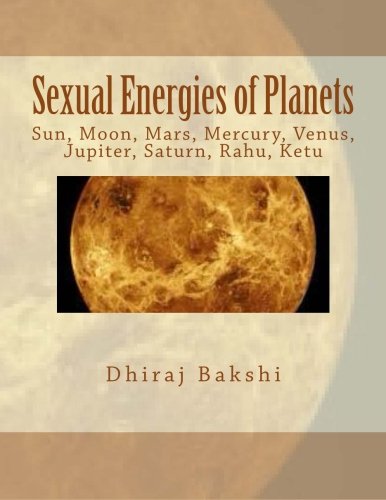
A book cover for Sexual Energies of Planets: Sun, Moon, Mars, Mercury, Venus, Jupiter, Saturn, Rahu, Ketu; Mr. Dhiraj Bakshi; Literature & Fiction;